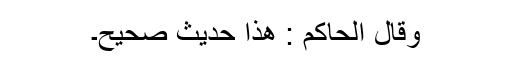
وَقَالَ الْحَاکِمُ : ھٰذَا حَدِیْثٌ صَحِیْحٌ۔